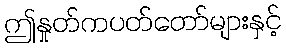
ဤနှုတ်ကပတ်တော်များနှင့်